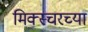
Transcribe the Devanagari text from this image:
मिक्स्चरच्या